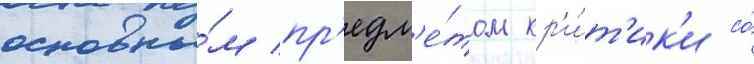
основны́м пр'едм'е́том кр'и́т'ик'и со́